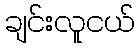
ချင်းလူငယ်